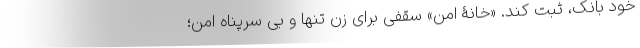
خود بانک، ثبت کند. «خانۀ امن» سقفی برای زنِ تنها و بی سرپناه امن؛